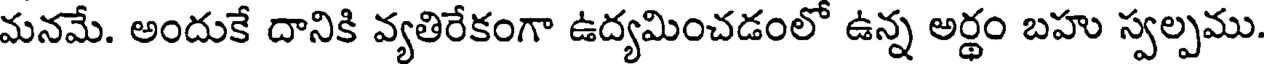
మనమే. అందుకే దానికి వ్యతిరేకంగా ఉద్యమించడంలో ఉన్న అర్థం బహు స్వల్పము